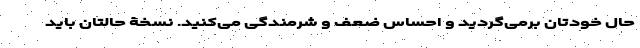
حال خودتان برمی‌گردید و احساس ضعف و شرمندگی می‌کنید. نسخۀ حالتان باید